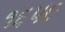
૧૬૫૯